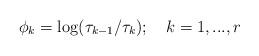
LaTeX: \begin{align*}\phi _{k}=\log (\tau _{k-1}/\tau _{k});\quad k=1,...,r \end{align*}